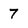
Character: 7